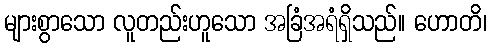
များစွာသော လူတည်းဟူသော အခြံအရံရှိသည်။ ဟောတိ၊